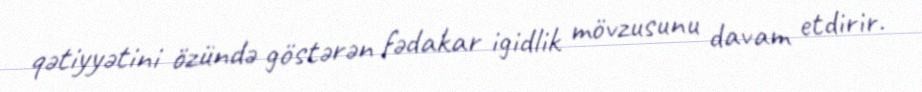
qətiyyətini özündə göstərən fədakar igidlik mövzusunu davam etdirir.